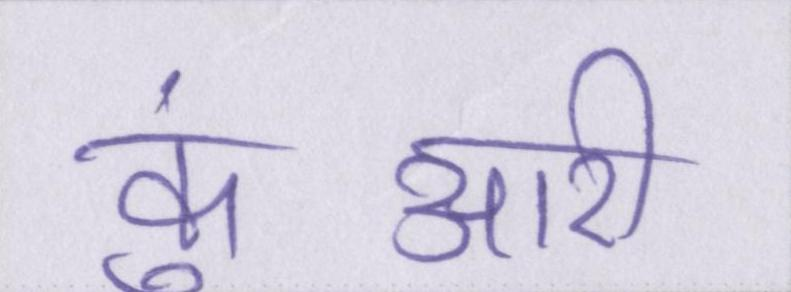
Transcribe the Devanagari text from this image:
कुंआरी